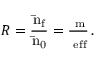
R = \mathrm { \frac { \bar { n } _ { f } } { \bar { n } _ { 0 } } = \frac { \Gamma _ { m } } { \Gamma _ { e f f } } } \, .